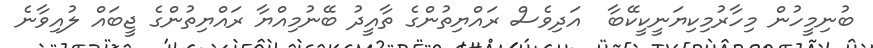
ބުނިމީހުން މިހާރުމިކިޔަނީކީކޭބާ  އަަދިވެސް ރައްޔިތުންގެ ތާއީދު ބޭނުމިއްޔާ ރައްޔިތުންގެ ޖީބައް ލުއިވާނެ